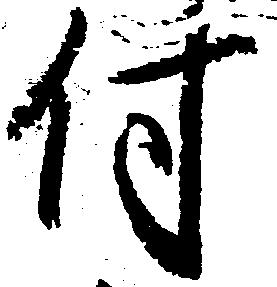
付